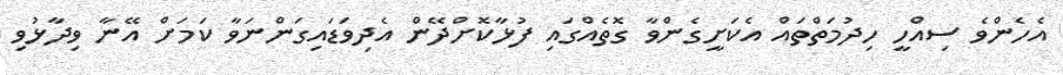
އެހެންވެ ސިއްހީ ހިދުމަތްތައް އެކަށީގެންވާ ގޮތެއްގައި ފުޅާކޮށްދޭން އެދިވަޑައިގަންނަވާ ކަމަށް އޭނާ ވިދާޅުވި